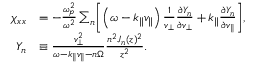
\begin{array} { r l } { \chi _ { x x } } & { = - \frac { \omega _ { p } ^ { 2 } } { \omega ^ { 2 } } \sum _ { n } \biggl [ \left( \omega - k _ { \parallel } v _ { \parallel } \right) \frac { 1 } { v _ { \perp } } \frac { \partial Y _ { n } } { \partial v _ { \perp } } + k _ { \parallel } \frac { \partial Y _ { n } } { \partial v _ { \parallel } } \biggr ] , } \\ { Y _ { n } } & { \equiv \frac { v _ { \perp } ^ { 2 } } { \omega - k _ { \parallel } v _ { \parallel } - n \Omega } \frac { n ^ { 2 } J _ { n } ( z ) ^ { 2 } } { z ^ { 2 } } . } \end{array}